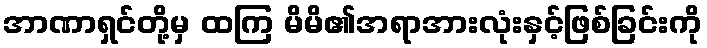
အာဏာရှင်တို့မှ ထကြ မိမိ၏အရာအားလုံးနှင့်ဖြစ်ခြင်းကို